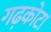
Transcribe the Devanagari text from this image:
गढ़कोटा